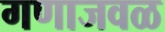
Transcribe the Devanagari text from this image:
गणाजवळ